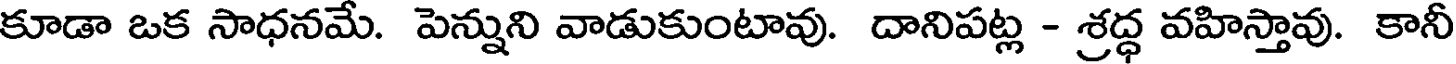
కూడా ఒక సాధనమే. పెన్నుని వాడుకుంటావు. దానిపట్ల - శ్రద్ధ వహిస్తావు. కానీ